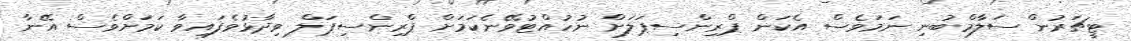
ޓީޗަރުން ސަލާމްބުނި ނަމަވެސް އެކަން ޕްރިންސިޕަލަށް ނުހުއްޓުވޭނެކަމަށް ޕްރިންސިޕަލް ވިދާޅުވެފައިވާ ކަމަށްވެސް އޭނާ